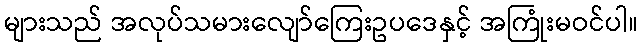
များသည် အလုပ်သမားလျော်ကြေးဥပဒေနှင့် အကြုံးမဝင်ပါ။